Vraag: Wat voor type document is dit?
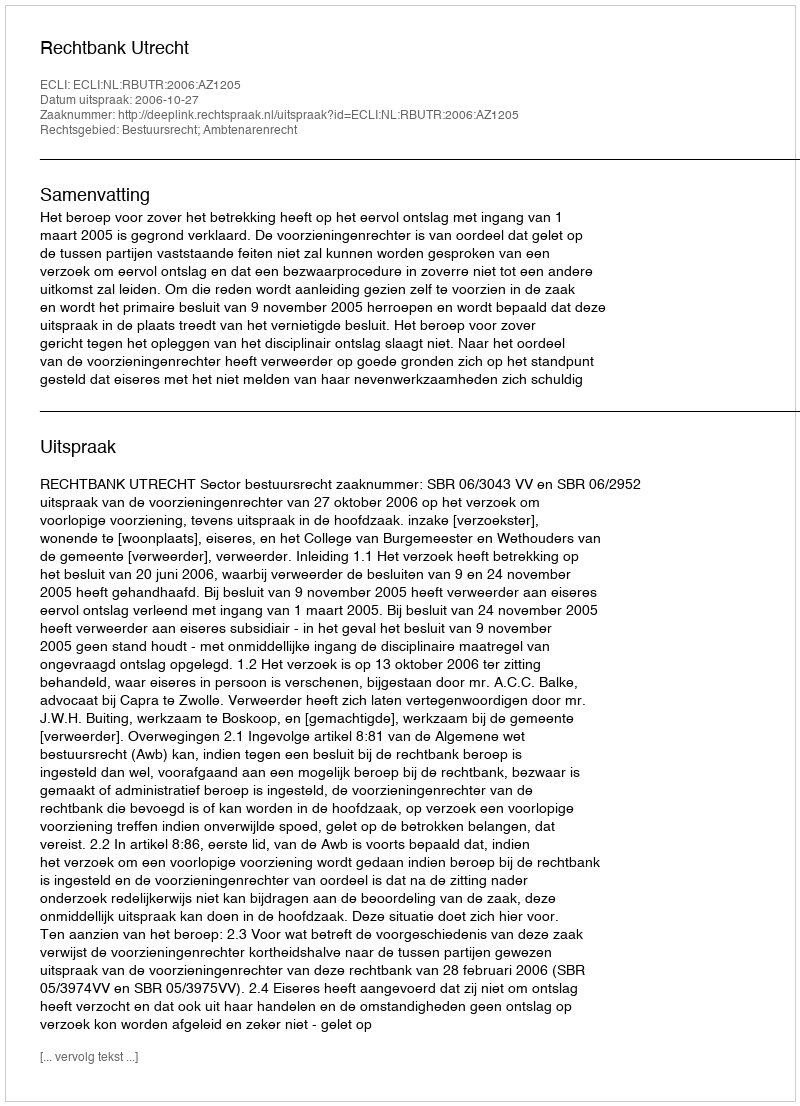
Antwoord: Uitspraak